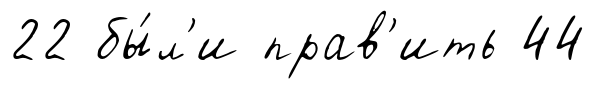
22 бы́л'и прав'ить 44